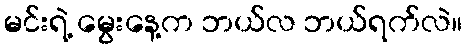
မင်းရဲ့ မွေးနေ့က ဘယ်လ ဘယ်ရက်လဲ။